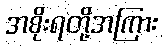
အစိုးရတို့အကြား